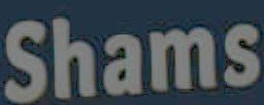
Shams